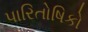
પારિતોષિકો